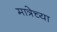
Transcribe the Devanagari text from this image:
मात्रेच्या